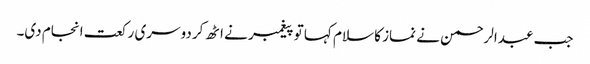
جب عبدالرحمن نے نماز کا سلام کہا تو پیغمبر نے اٹھ کر دوسری رکعت انجام دی۔